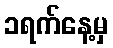
၁ရက်နေ့မှ